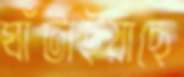
ঘাঁটাইয়াছে